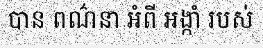
បាន ពណ៌នា អំពី អង្កាំ របស់